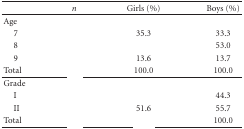
<table><thead><tr><td>[EMPTY_CELL]</td><td><b><i>n</i></b></td><td><b>Girls (%)</b></td><td><b>Boys (%)</b></td></tr></thead><tbody><tr><td>Age</td><td>[EMPTY_CELL]</td><td>[EMPTY_CELL]</td><td>[EMPTY_CELL]</td></tr><tr><td> 7</td><td>[EMPTY_CELL]</td><td>35.3</td><td>33.3</td></tr><tr><td> 8</td><td>[EMPTY_CELL]</td><td>[EMPTY_CELL]</td><td>53.0</td></tr><tr><td> 9</td><td>[EMPTY_CELL]</td><td>13.6</td><td>13.7</td></tr><tr><td>Total</td><td>[EMPTY_CELL]</td><td>100.0</td><td>100.0</td></tr><tr><td>Grade</td><td>[EMPTY_CELL]</td><td>[EMPTY_CELL]</td><td>[EMPTY_CELL]</td></tr><tr><td> I</td><td>[EMPTY_CELL]</td><td>[EMPTY_CELL]</td><td>44.3</td></tr><tr><td> II</td><td>[EMPTY_CELL]</td><td>51.6</td><td>55.7</td></tr><tr><td>Total</td><td>[EMPTY_CELL]</td><td>[EMPTY_CELL]</td><td>100.0</td></tr></tbody></table>